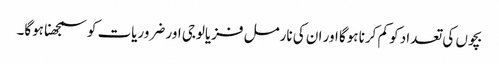
بچوں‌ کی تعداد کو کم کرنا ہوگا اور ان کی نارمل فزیالوجی اور ضروریات کو سمجھنا ہوگا۔